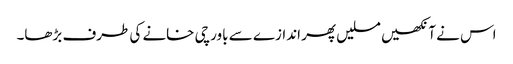
اس نے آنکھیں مسلیں پھر اندازے سے باورچی خانے کی طرف بڑھا۔